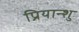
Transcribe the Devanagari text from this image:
प्रियान्शु